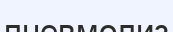
пневмолиз